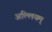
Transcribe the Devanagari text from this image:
अल्लियम्